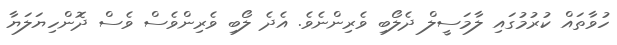
ހުވާތައް ކުރުމުގައި ލާމަސީލް ދެލޯބި ވެރިންނެވެ. އެދެ ލޯބި ވެރިންވެސް ވެސް ދޮންހިޔަލަޔާ